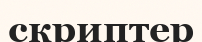
скриптер